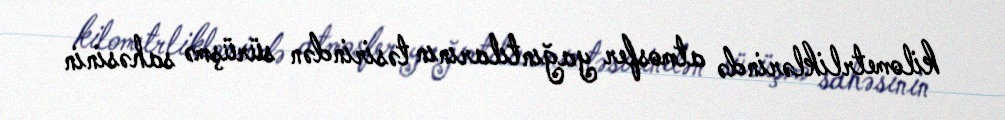
kilometrliklərində atmosfer yağıntılarının təsirindən sürüşmə sahəsinin